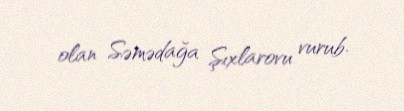
olan Səmədağa Şıxlarovu vurub.